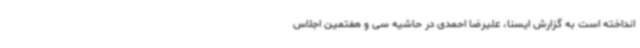
انداخته است به گزارش ایسنا، علیرضا احمدی در حاشیه سی و هفتمین اجلاس